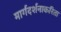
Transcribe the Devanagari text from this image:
मार्गदर्शनाकरिता